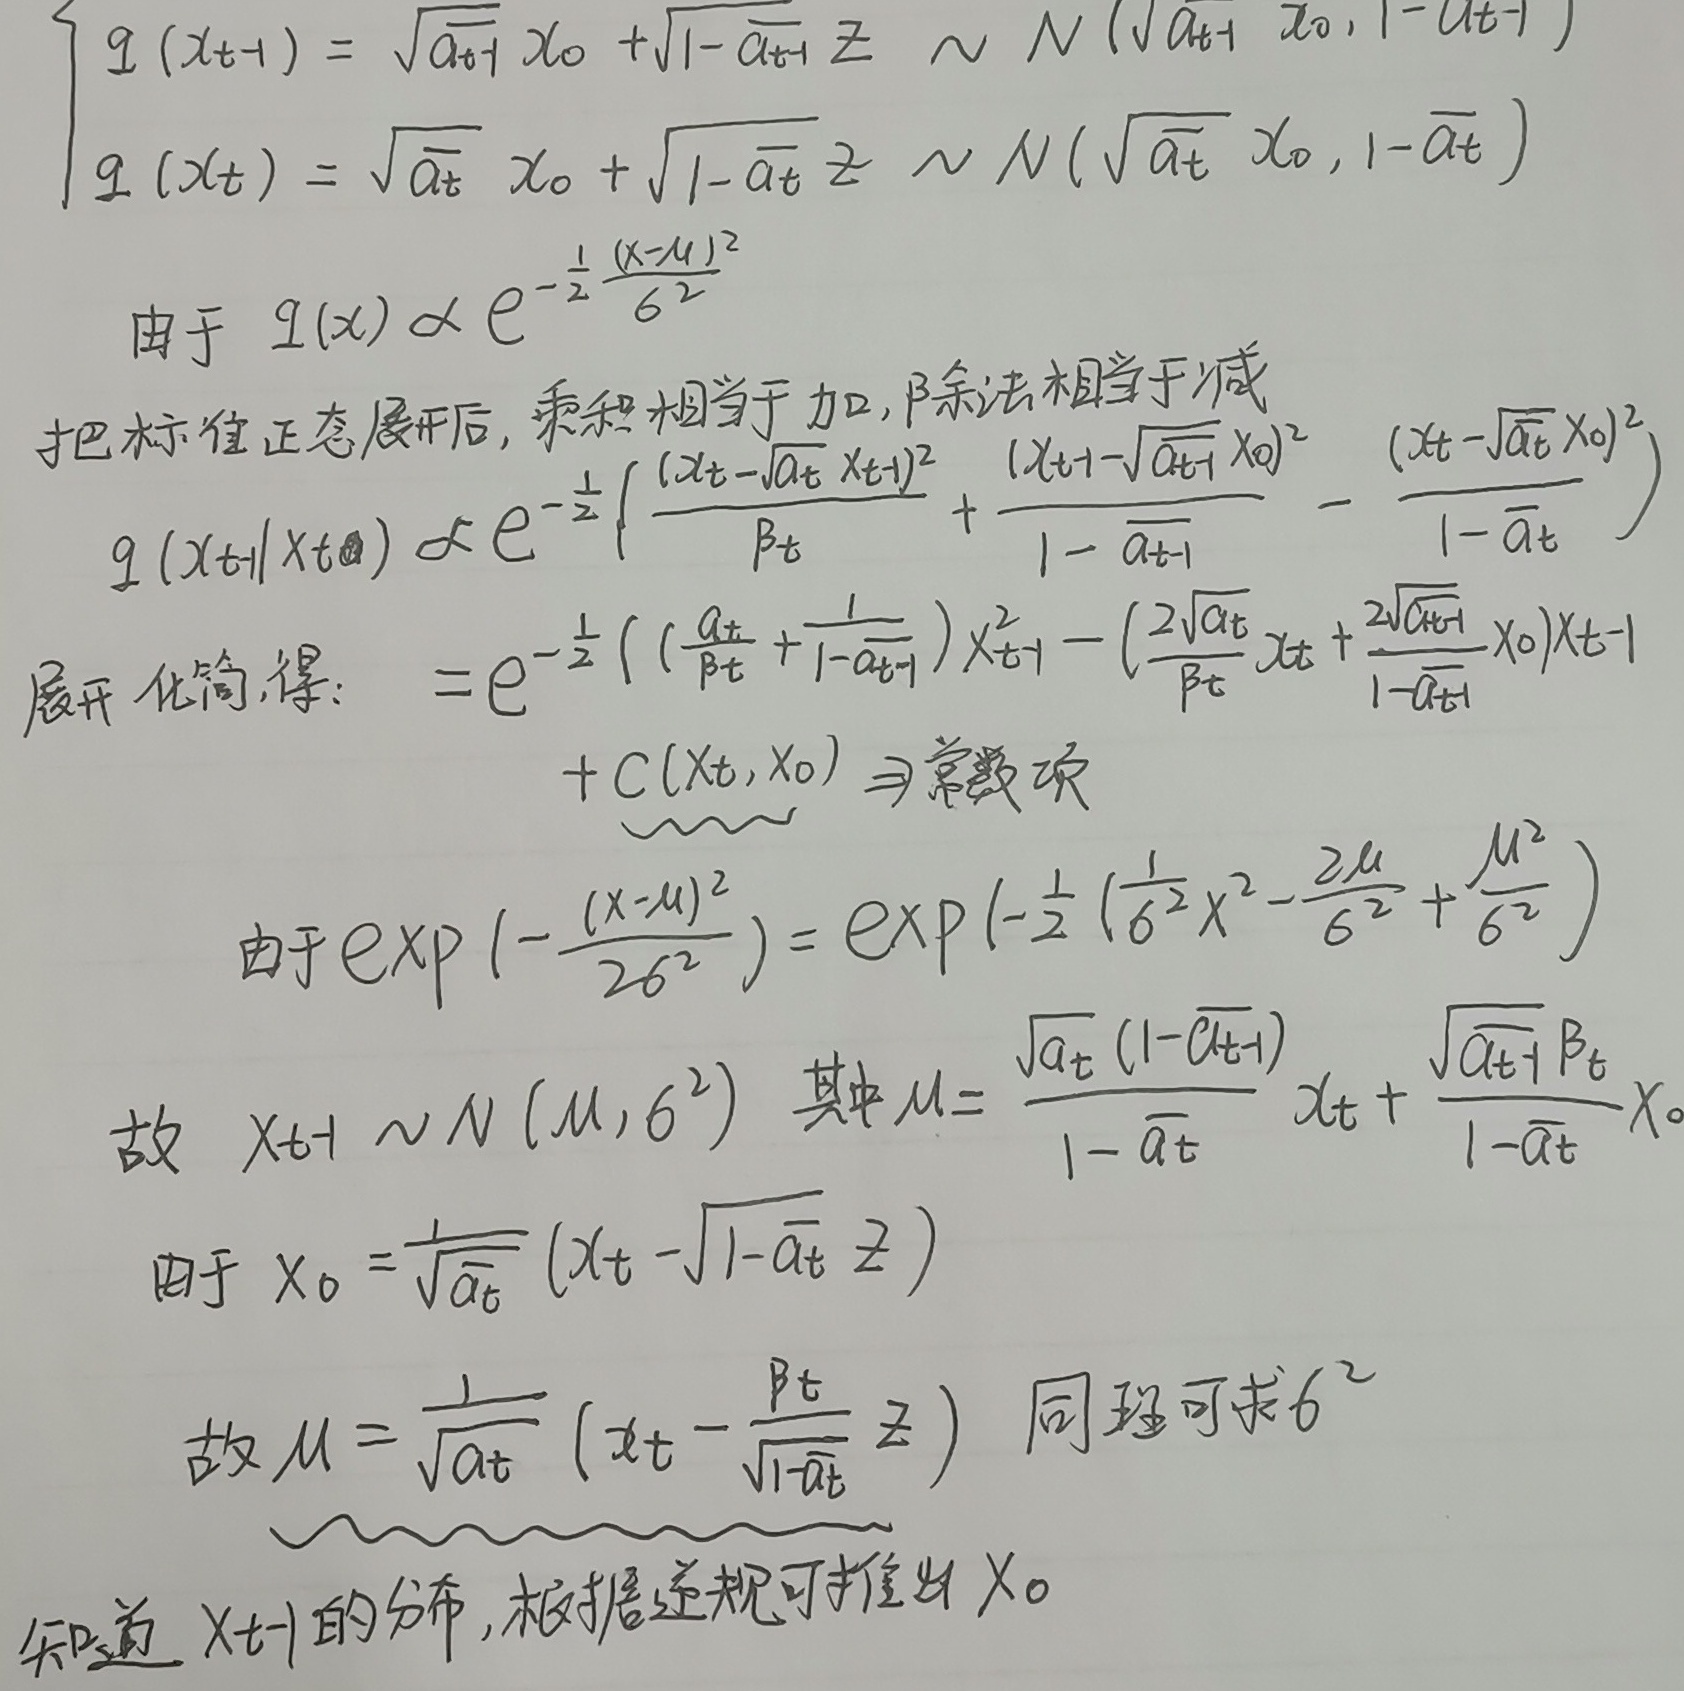
\[
\begin{cases}
q(x_{t + 1})=\sqrt{a_{t+1}}x_0+\sqrt{1 - a_{t+1}}z\sim N(\sqrt{a_{t+1}}x_0,1 - a_{t+1})\\
q(x_{t})=\sqrt{a_{t}}x_0+\sqrt{1 - a_{t}}z\sim N(\sqrt{a_{t}}x_0,1 - a_{t})
\end{cases}
\]

由于\(q(x)\propto e^{-\frac{1}{2}\frac{(x - \mu)^2}{\sigma^{2}}}\)，把标准正态展开后，乘积相当于加，\(\beta\)系法相当于减。

\[
\begin{align*}
q(x_{t + 1}|x_{t},\theta)&\propto e^{-\frac{1}{2}\left(\frac{(x_{t}-\sqrt{a_{t}}x_{t+1})^2}{\beta_{t}}+\frac{(x_{t+1}-\sqrt{a_{t+1}}x_0)^2}{1 - a_{t+1}}-\frac{(x_{t}-\sqrt{a_{t}}x_0)^2}{1 - a_{t}}\right)}\\
&=e^{-\frac{1}{2}\left(\left(\frac{a_{t}}{\beta_{t}}+\frac{1}{1 - a_{t+1}}\right)x_{t+1}^2-\left(\frac{2\sqrt{a_{t}}}{\beta_{t}}x_{t}+\frac{2\sqrt{a_{t+1}}}{1 - a_{t+1}}x_0\right)x_{t+1}\right.}\\
&\quad\quad\left.+C(x_{t},x_0)\right)\underbrace{\Rightarrow}_{\text{常数项}}
\end{align*}
\]

由于\(\exp\left(-\frac{(x - \mu)^2}{2\sigma^{2}}\right)=\exp\left(-\frac{1}{2}\left(\frac{1}{\sigma^{2}}x^{2}-\frac{2\mu}{\sigma^{2}}x+\frac{\mu^{2}}{\sigma^{2}}\right)\right)\)，故\(x_{t + 1}\sim N(\mu,\sigma^{2})\)，其中\(\mu = \frac{\sqrt{a_{t}}(1-\sqrt{a_{t+1}})}{1 - a_{t}}x_{t}+\frac{\sqrt{a_{t+1}}\beta_{t}}{1 - a_{t}}x_0\)。

由于\(x_0=\frac{1}{\sqrt{a_{t}}}(x_{t}-\sqrt{1 - a_{t}}z)\)，故\(\mu=\frac{1}{\sqrt{a_{t}}}\left(x_{t}-\frac{\beta_{t}}{\sqrt{1 - a_{t}}}z\right)\)。同理可求\(\sigma^{2}\)。知道\(x_{t + 1}\)的分布，根据递规可推出\(x_0\)。